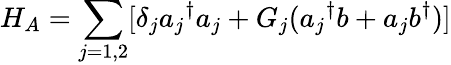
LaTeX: H_{A}=\sum_{j=1,2}[\delta_{j}{a_{j}}^{\dagger}a_{j}+G_{j}({a_{j}}^{\dagger}b+a_{j}b^{\dagger})]